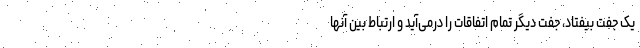
یک جفت بیفتاد، جفت دیگر تمام اتفاقات را درمی‌آید و ارتباط بین آنها